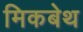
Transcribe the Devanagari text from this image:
मिकबेथ